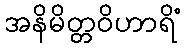
အနိမိတ္တဝိဟာရိံ